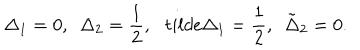
LaTeX: \Delta _ { 1 } = 0 , \ \ \Delta _ { 2 } = \frac { 1 } { 2 } , \ \ \, t i l d e \Delta _ { 1 } = \frac { 1 } { 2 } , \ \ \tilde { \Delta } _ { 2 } = 0 .